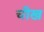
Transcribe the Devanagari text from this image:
चीख